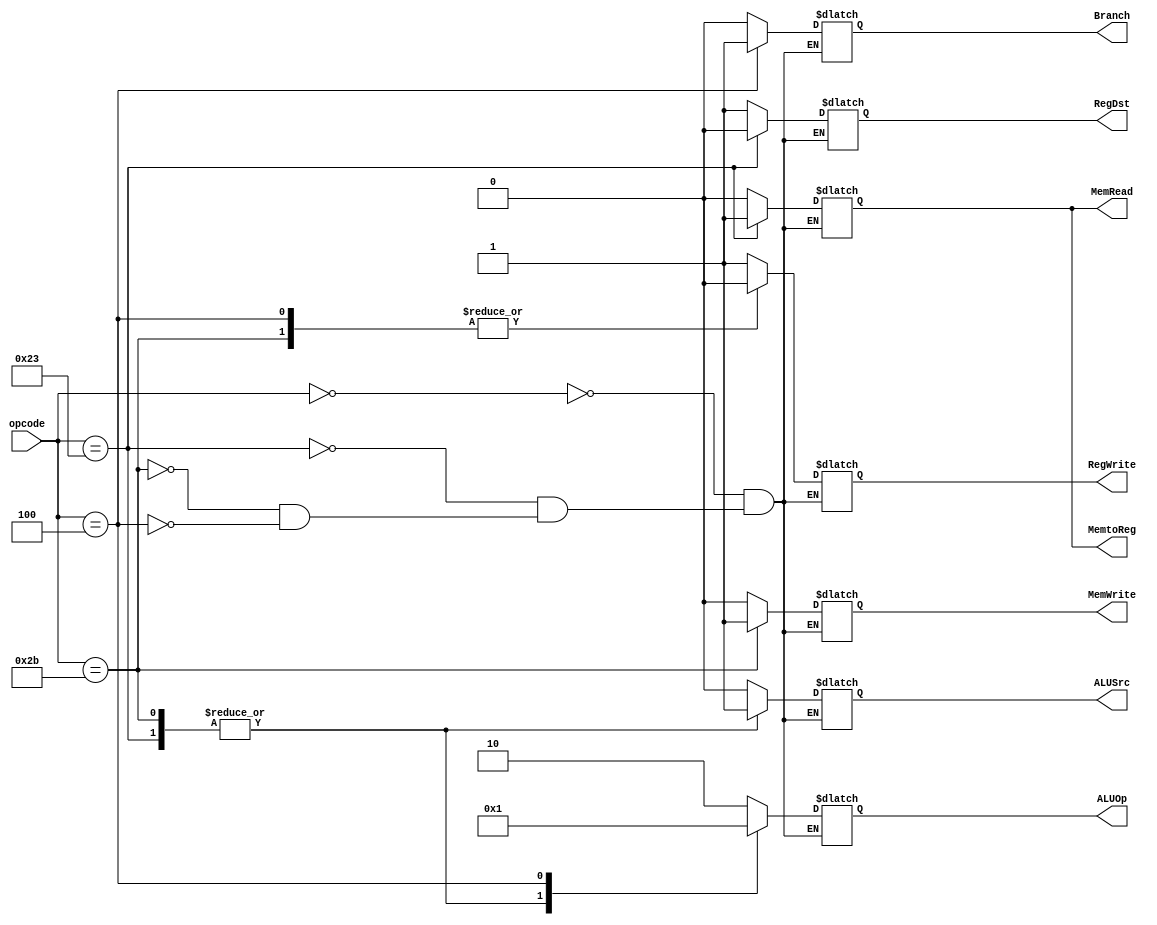
module ControlUnit (
    input [5:0] opcode,
    output reg RegDst,
    output reg [1:0] ALUOp,
    output reg ALUSrc,
    output reg Branch,
    output reg MemRead,
    output reg MemWrite,
    output reg RegWrite,
    output reg MemtoReg
);

// Default values
initial begin
    RegDst = 1'b0;
    ALUOp = 2'b00;
    ALUSrc = 1'b0;
    Branch = 1'b0;
    MemRead = 1'b0;
    MemWrite = 1'b0;
    RegWrite = 1'b0;
    MemtoReg = 1'b0;
end

// Control signals based on opcode
always @* begin
    case (opcode)
        // R-type instructions
        6'b000000: begin
            RegDst = 1'b1;
            ALUOp = 2'b10;
            ALUSrc = 1'b0;
            Branch = 1'b0;
            MemRead = 1'b0;
            MemWrite = 1'b0;
            RegWrite = 1'b1;
            MemtoReg = 1'b0;
        end
        // Load instruction
        6'b100011: begin
            RegDst = 1'b0;
            ALUOp = 2'b00;
            ALUSrc = 1'b1;
            Branch = 1'b0;
            MemRead = 1'b1;
            MemWrite = 1'b0;
            RegWrite = 1'b1;
            MemtoReg = 1'b1;
        end
        // Store instruction
        6'b101011: begin
            RegDst = 1'bX;
            ALUOp = 2'b00;
            ALUSrc = 1'b1;
            Branch = 1'b0;
            MemRead = 1'b0;
            MemWrite = 1'b1;
            RegWrite = 1'b0;
            MemtoReg = 1'bX;
        end
        // Branch instruction
        6'b000100: begin
            RegDst = 1'bX;
            ALUOp = 2'b01;
            ALUSrc = 1'b0;
            Branch = 1'b1;
            MemRead = 1'b0;
            MemWrite = 1'b0;
            RegWrite = 1'b0;
            MemtoReg = 1'bX;
        end
    endcase
end

endmodule